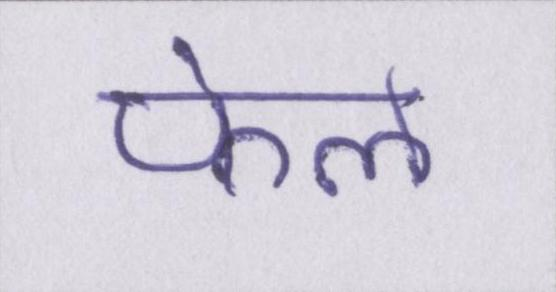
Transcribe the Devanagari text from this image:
फेल